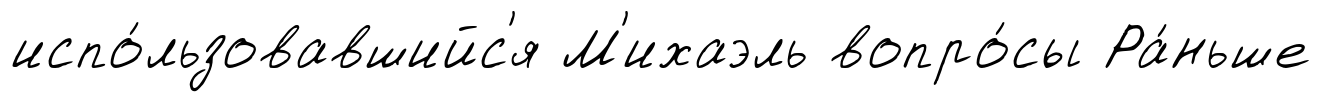
испо́льзовавшийс'я М'ихаэль вопро́сы Ра́ньше